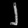
Digit: ၂